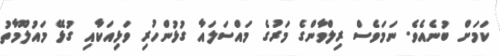
ކަމަަށް ބުނެއެވެ. ނަމަވެސް ރިލްވާންގެ މަރުގެ މައްސަލައާ ގުޅުންހުރި ވަޅިއަކާއި ގުޅޭ މައުލޫމާތު